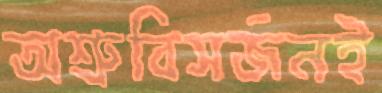
অশ্রুবিসর্জনই